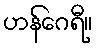
ဟန်ဂေရီ။